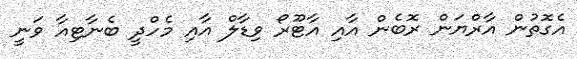
އެގޮތުން އާރްޔަން ރޮބެން އާއި އާޓޫރޯ ވިޑާލް އާއި މެހްދީ ބެނާޓިއާ ވަނީ